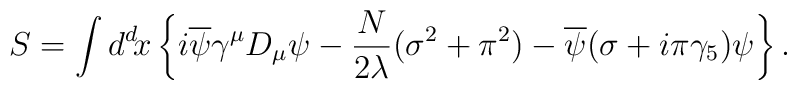
S=\int d^d\! x  \left\{ i\overline{\psi}\gamma^\mu D_\mu \psi -{N \over 2\lambda}(\sigma^2+\pi^2)-\overline{\psi}(\sigma+i\pi\gamma_5)\psi \right\}.